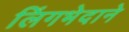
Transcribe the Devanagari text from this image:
लिंगभेदाने